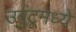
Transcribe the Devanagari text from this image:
उबुंटूमध्ये